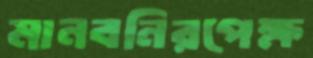
মানবনিরপেক্ষ